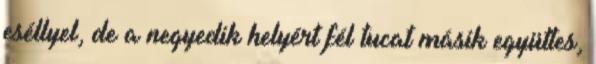
eséllyel, de a negyedik helyért fél tucat másik együttes,